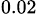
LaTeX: _{0.02}